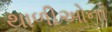
થાળીઓનો